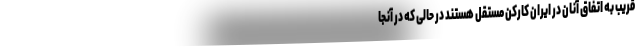
قریب به اتفاق آنان در ایران کارکن مستقل هستند در حالی که در آنجا